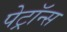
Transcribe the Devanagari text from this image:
पेट्रॉन्स